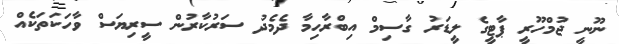
ނޫނީ ޖުމްހޫރީ ޕާޓީގެ ލީޑަރު ގާސިމް އިބްރާހިމާ ދެމެދު ސަރުކާރުން ސީރިޔަސް ވާހަކަތަކެއް